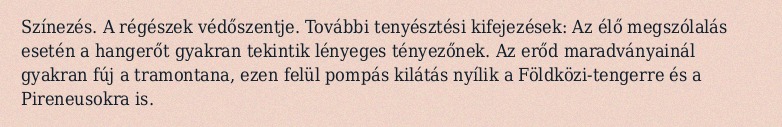
Színezés. A régészek védőszentje. További tenyésztési kifejezések: Az élő megszólalás esetén a hangerőt gyakran tekintik lényeges tényezőnek. Az erőd maradványainál gyakran fúj a tramontana, ezen felül pompás kilátás nyílik a Földközi-tengerre és a Pireneusokra is.